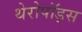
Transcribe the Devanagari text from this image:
थेरोपॉड्स